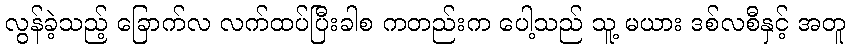
လွန်ခဲ့သည့် ခြောက်လ လက်ထပ်ပြီးခါစ ကတည်းက ပေါ့သည် သူ့ မယား ဒစ်လစီနှင့် အတူ